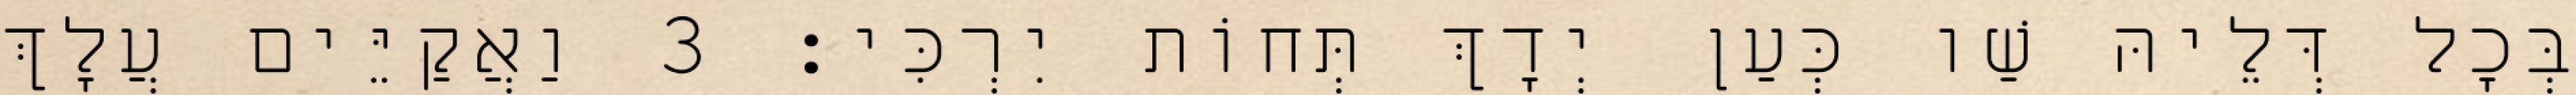
בְּכָל דְּלֵיהּ שַׁו כְּעַן יְדָךְ תְּחוֹת יִרְכִּי׃ 3 וַאֲקַיֵּים עֲלָךְ